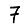
Digit: 7